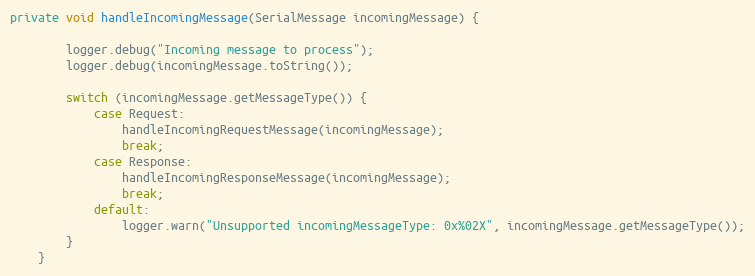
Language: Java
private void handleIncomingMessage(SerialMessage incomingMessage) {

		logger.debug("Incoming message to process");
		logger.debug(incomingMessage.toString());

		switch (incomingMessage.getMessageType()) {
			case Request:
				handleIncomingRequestMessage(incomingMessage);
				break;
			case Response:
				handleIncomingResponseMessage(incomingMessage);
				break;
			default:
				logger.warn("Unsupported incomingMessageType: 0x%02X", incomingMessage.getMessageType());
		}
	}